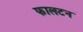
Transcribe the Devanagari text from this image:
फालटन